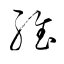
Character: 維